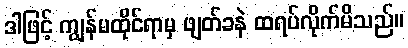
ဒါဖြင့် ကျွန်မထိုင်ရာမှ ဖျတ်ခနဲ ထရပ်လိုက်မိသည်။